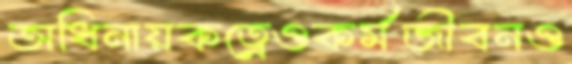
অধিনায়কত্বেওকর্মজীবনও